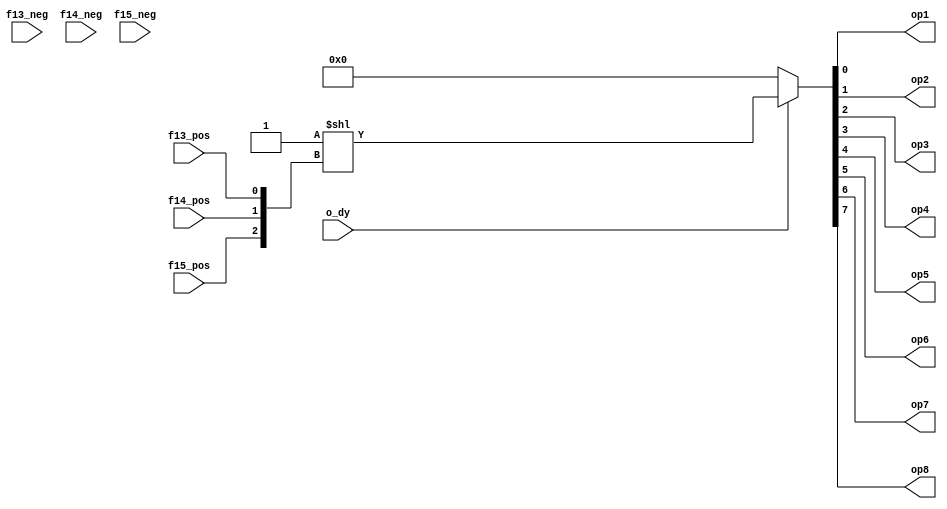
/* Order Decoder 2 is the final stage in decoding an order. 
 * There are 4 instances of this top-level module, so 32 possible 
 * outputs. Each of the four instances uses the three least significant 
 * bits of the opcode (the two most significant bits used in the previous 
 * stage of decoding.
 * 
 * TODO: Inverted opcode bit signals are not used in this module, 
 *       but the original machine did make use of it. Remove from port 
 *       list?
 * 
 *  opcode | binary code
 * --------+-------------
 *   P     |    00000
 *   Q     |    00001
 *   W     |    00010
 *   E     |    00011
 *   R     |    00100
 *   T     |    00101
 *   Y     |    00110
 *   U     |    00111
 *   I     |    01000
 *   O     |    01001
 *   J     |    01010
 *   pi    |    01011
 *   S     |    01100
 *   Z     |    01101
 *   K     |    01110
 *   erase |    01111
 *   blank |    10000
 *   F     |    10001
 *   theta |    10010
 *   D     |    10011
 *   phi   |    10100
 *   H     |    10101
 *   N     |    10110
 *   M     |    10111
 *   delta |    11000
 *   L     |    11001
 *   X     |    11010
 *   G     |    11011
 *   A     |    11100
 *   B     |    11101
 *   C     |    11110
 *   V     |    11111
 */

module order_decoder2
  (output wire op1,
   output wire op2,
   output wire op3,
   output wire op4,
   output wire op5,
   output wire op6,
   output wire op7,
   output wire op8,

   input wire  f13_pos, // Order bit 13 (opcode bit 0), least significant. From Order Flashing Unit.
   input wire  f13_neg,
   input wire  f14_pos, // Order bit 14 (opcode bit 1). From Order Flashing Unit.
   input wire  f14_neg,
   input wire  f15_pos, // Order bit 15 (opcode bit 2). From Order Flashing Unit.
   input wire  f15_neg,
   input wire  o_dy // From Order Decoder 1, selects one of the four Order Decoder 2 Units.
  );

   wire [2:0] count = {f15_pos, f14_pos, f13_pos};
   assign {op8, op7, op6, op5, op4, op3, op2, op1} = o_dy ? (8'b0000_0001 << count[2:0]) : 8'b0000_0000;

endmodule